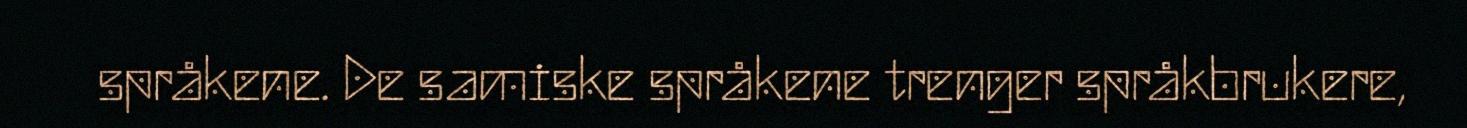
språkene. De samiske språkene trenger språkbrukere,